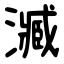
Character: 㵴